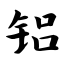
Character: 铝